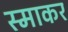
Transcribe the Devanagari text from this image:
स्‍माकर